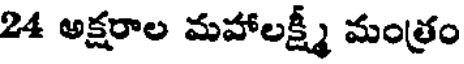
24 అక్షరాల మహాలక్ష్మీ మంత్రం